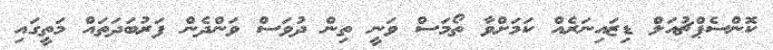
ކޮންސެޕްޗުއަލް ޑިޒައިނަރެއް ކަމަށްވާ ތޯމަސް ވަނީ ތިން ދުވަސް ވަންދެން ފަރުބަދަތައް މަތީގައި